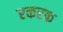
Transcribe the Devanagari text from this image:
रकरक